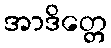
အာဒိတ္တေ